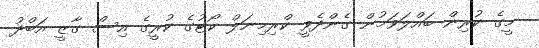
މީގެ ކުރިން ބައްލަވަމުން ގެންދެވީ ކްރިމިނަލް ކޯޓުގެ ކުރީގެ އިސް ގާޒީ އަބްދު